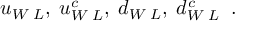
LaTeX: u _ { W \; L } , \; u _ { W \; L } ^ { c } , \; d _ { W \; L } , \; d _ { W \; L } ^ { c } \; \; .